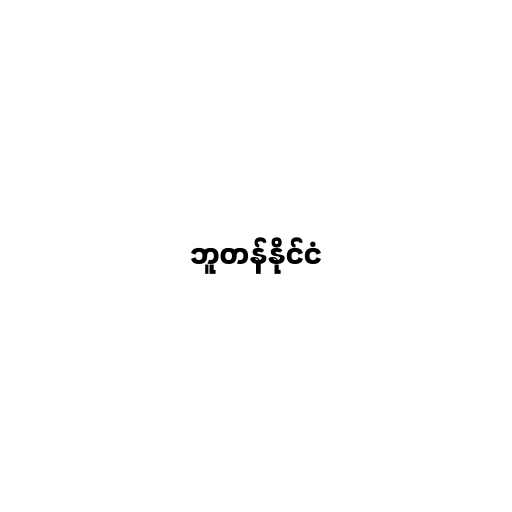
ဘူတန်နိုင်ငံ